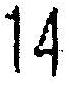
14